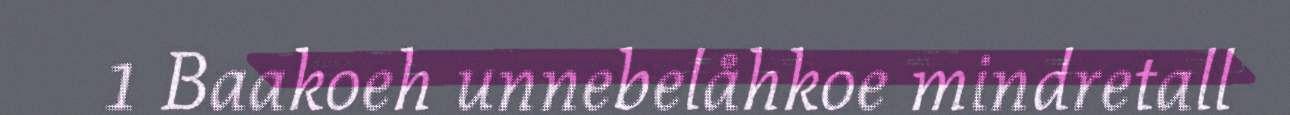
1 Baakoeh unnebelåhkoe mindretall